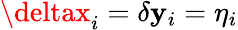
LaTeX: \deltax_{i}=\delta\mathbf{y}_{i}=\eta_{i}